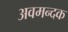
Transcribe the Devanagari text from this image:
अवमन्दक